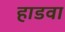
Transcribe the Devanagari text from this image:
हाडवा